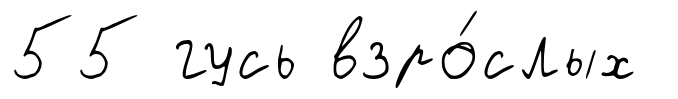
55 гусь взро́слых